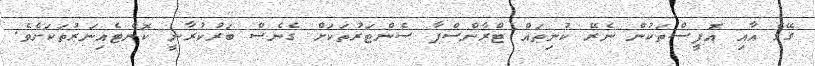
ގޭގެ އާއި އޮފީސްތަކުން ނެރޭ ކުނިތައް ޓްރާންސްފާ ސެންޓަރުތަކަށް ގެނެސް ބަރުކުރާނީ ކޮންޓެއިނަރުތަކަށެވެ.